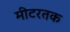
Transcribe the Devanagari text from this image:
मीटरतक